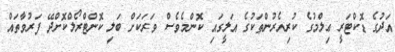
އަދުގެ ޑޮކްޓަރީ ޢިލްމުގެ ކުރިއެރުންތަކުގެ އަލީގައި ކޮންމެވެސް ވަރަކަށް ބަލި ކޮންޓްރޯލްކޮށްދޭ ފަރުވާތައް